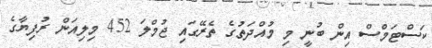
ކަސްޓަމްސް އިން ބުނީ މި މުއްދަތުގެ ތެރޭގައި ޖުމްލަ 452 މިލިއަން ރުފިޔާގެ